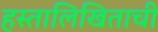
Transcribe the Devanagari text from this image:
हस्तालिखिताची